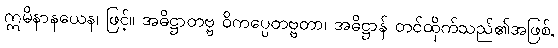
ဣမိနာနယေန၊ ဖြင့်။ အဓိဋ္ဌာတဗ္ဗ ဝိကပ္ပေတဗ္ဗတာ၊ အဓိဋ္ဌာန် တင်ထိုက်သည်၏အဖြစ်,